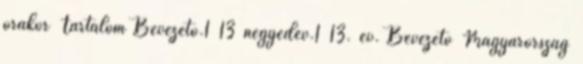
órakor Tartalom Bevezető.1 13 negyedév.1 13. év. Bevezető Magyarország